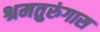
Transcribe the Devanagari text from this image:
श्रमतुरुंगास